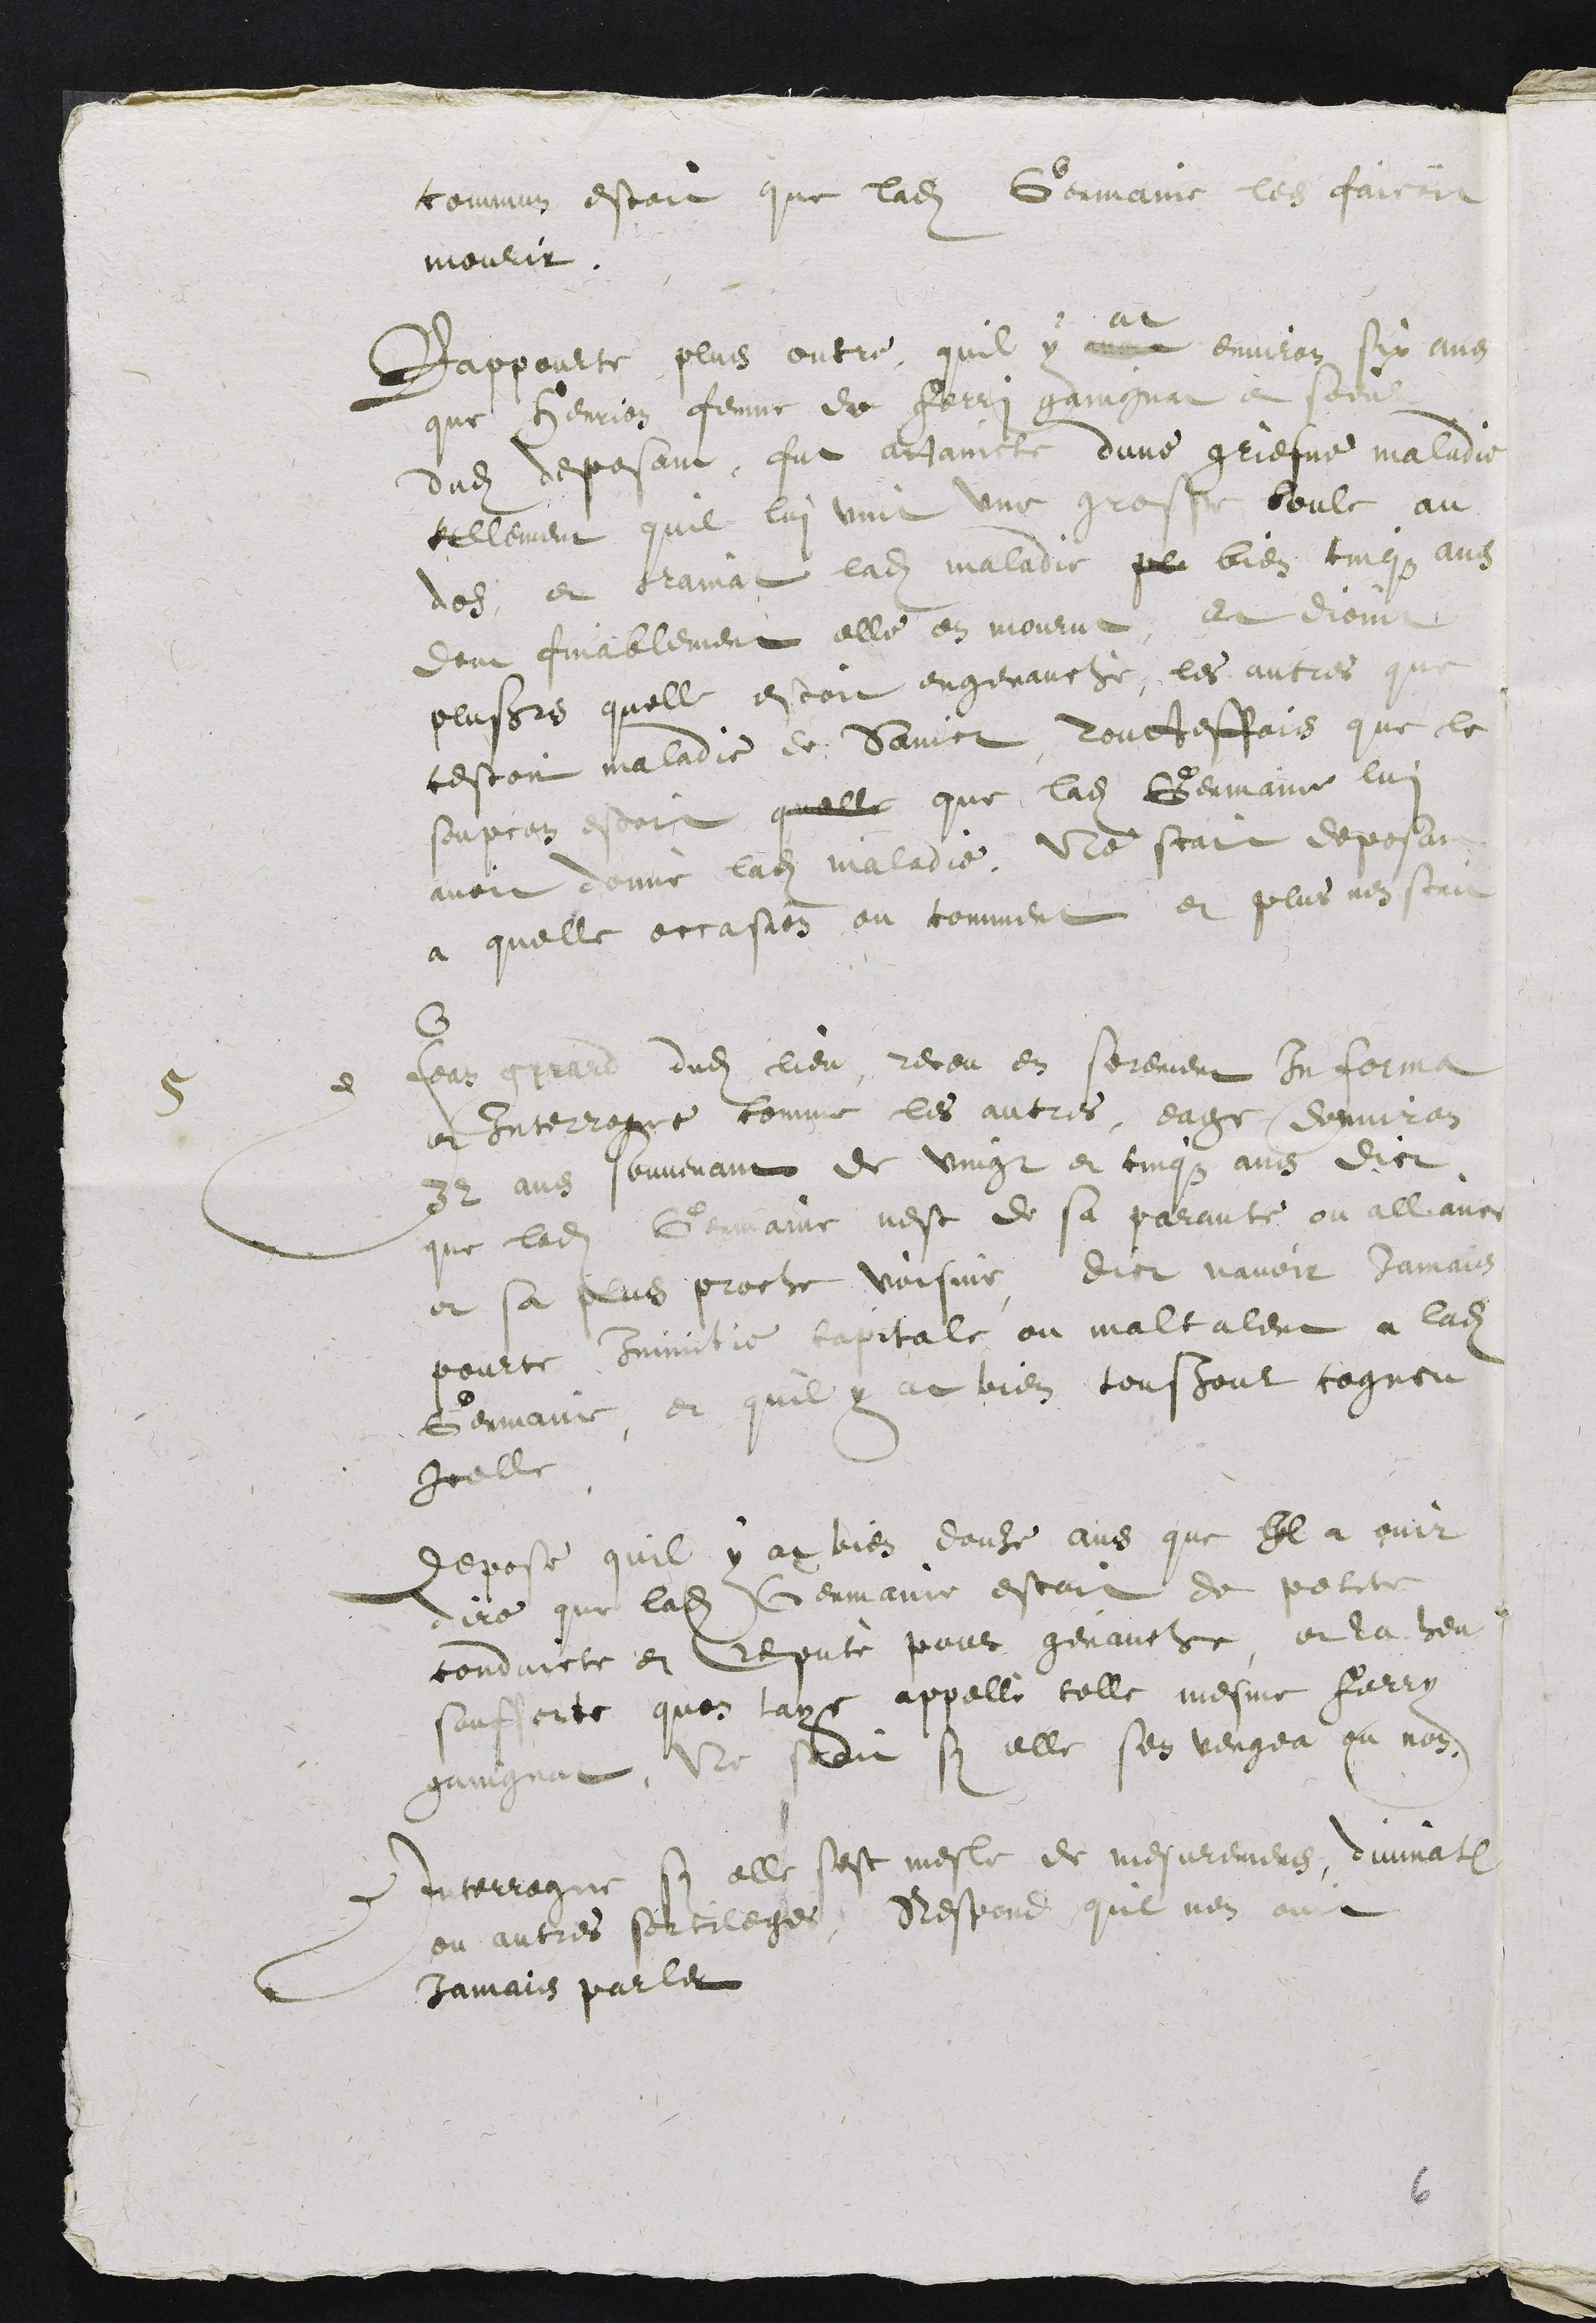
commun estoit que ladite Germaine les faicoit
mourir.
Rappourte plus outre, quil y avoit
at
environ six ans
que Henrion femme de Ferri gaingnat et soeur
dudit deposant fut attaincte dune griefve maladie
tellement quil lui vint une grosse boule au
dos et trainat ladite maladie peu bien cinqz ans
dont finablement elle en mourut, et dioint
plusieurs quelle estoit engenauché, les autres que
cestoit maladie de Sainct, Toutteffois que le
soupcon estoit quelle que ladite Germaine lui
avoit donné ladite maladie, Ne scait deposant
a quelle occasion ou comment et plus nen scait
5
Jean girard dudit lieu, receu en serement In Forma
et Interrogue comme les autres, eage denviron
32 ans souvenant de vingt et cinqz ans dict
que ladite Germaine nest de sa paranté ou alliance
et sa plus proche voisine, dict navoit jamais
pourte Inimitie capitale ou maltalent a ladite
Germaine, et quil y at bien tousjour cogneu
icelle
Depose quil y at bien douze ans que Il a ouir
dire que ladite Germaine estoit de petite
conduicte et reputé pour genauche, et la heu
soufferte quon laye appellé telle mesme Ferry
gaingnat, Ne scait sy elle sen vengea ou non.
Interrogue si elle sest mesle de mesuremens, divination
ou autres sortileges, Respond quil nen ouit
jamais parler

6